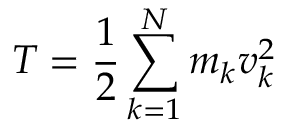
T = { \frac { 1 } { 2 } } \sum _ { k = 1 } ^ { N } m _ { k } v _ { k } ^ { 2 }